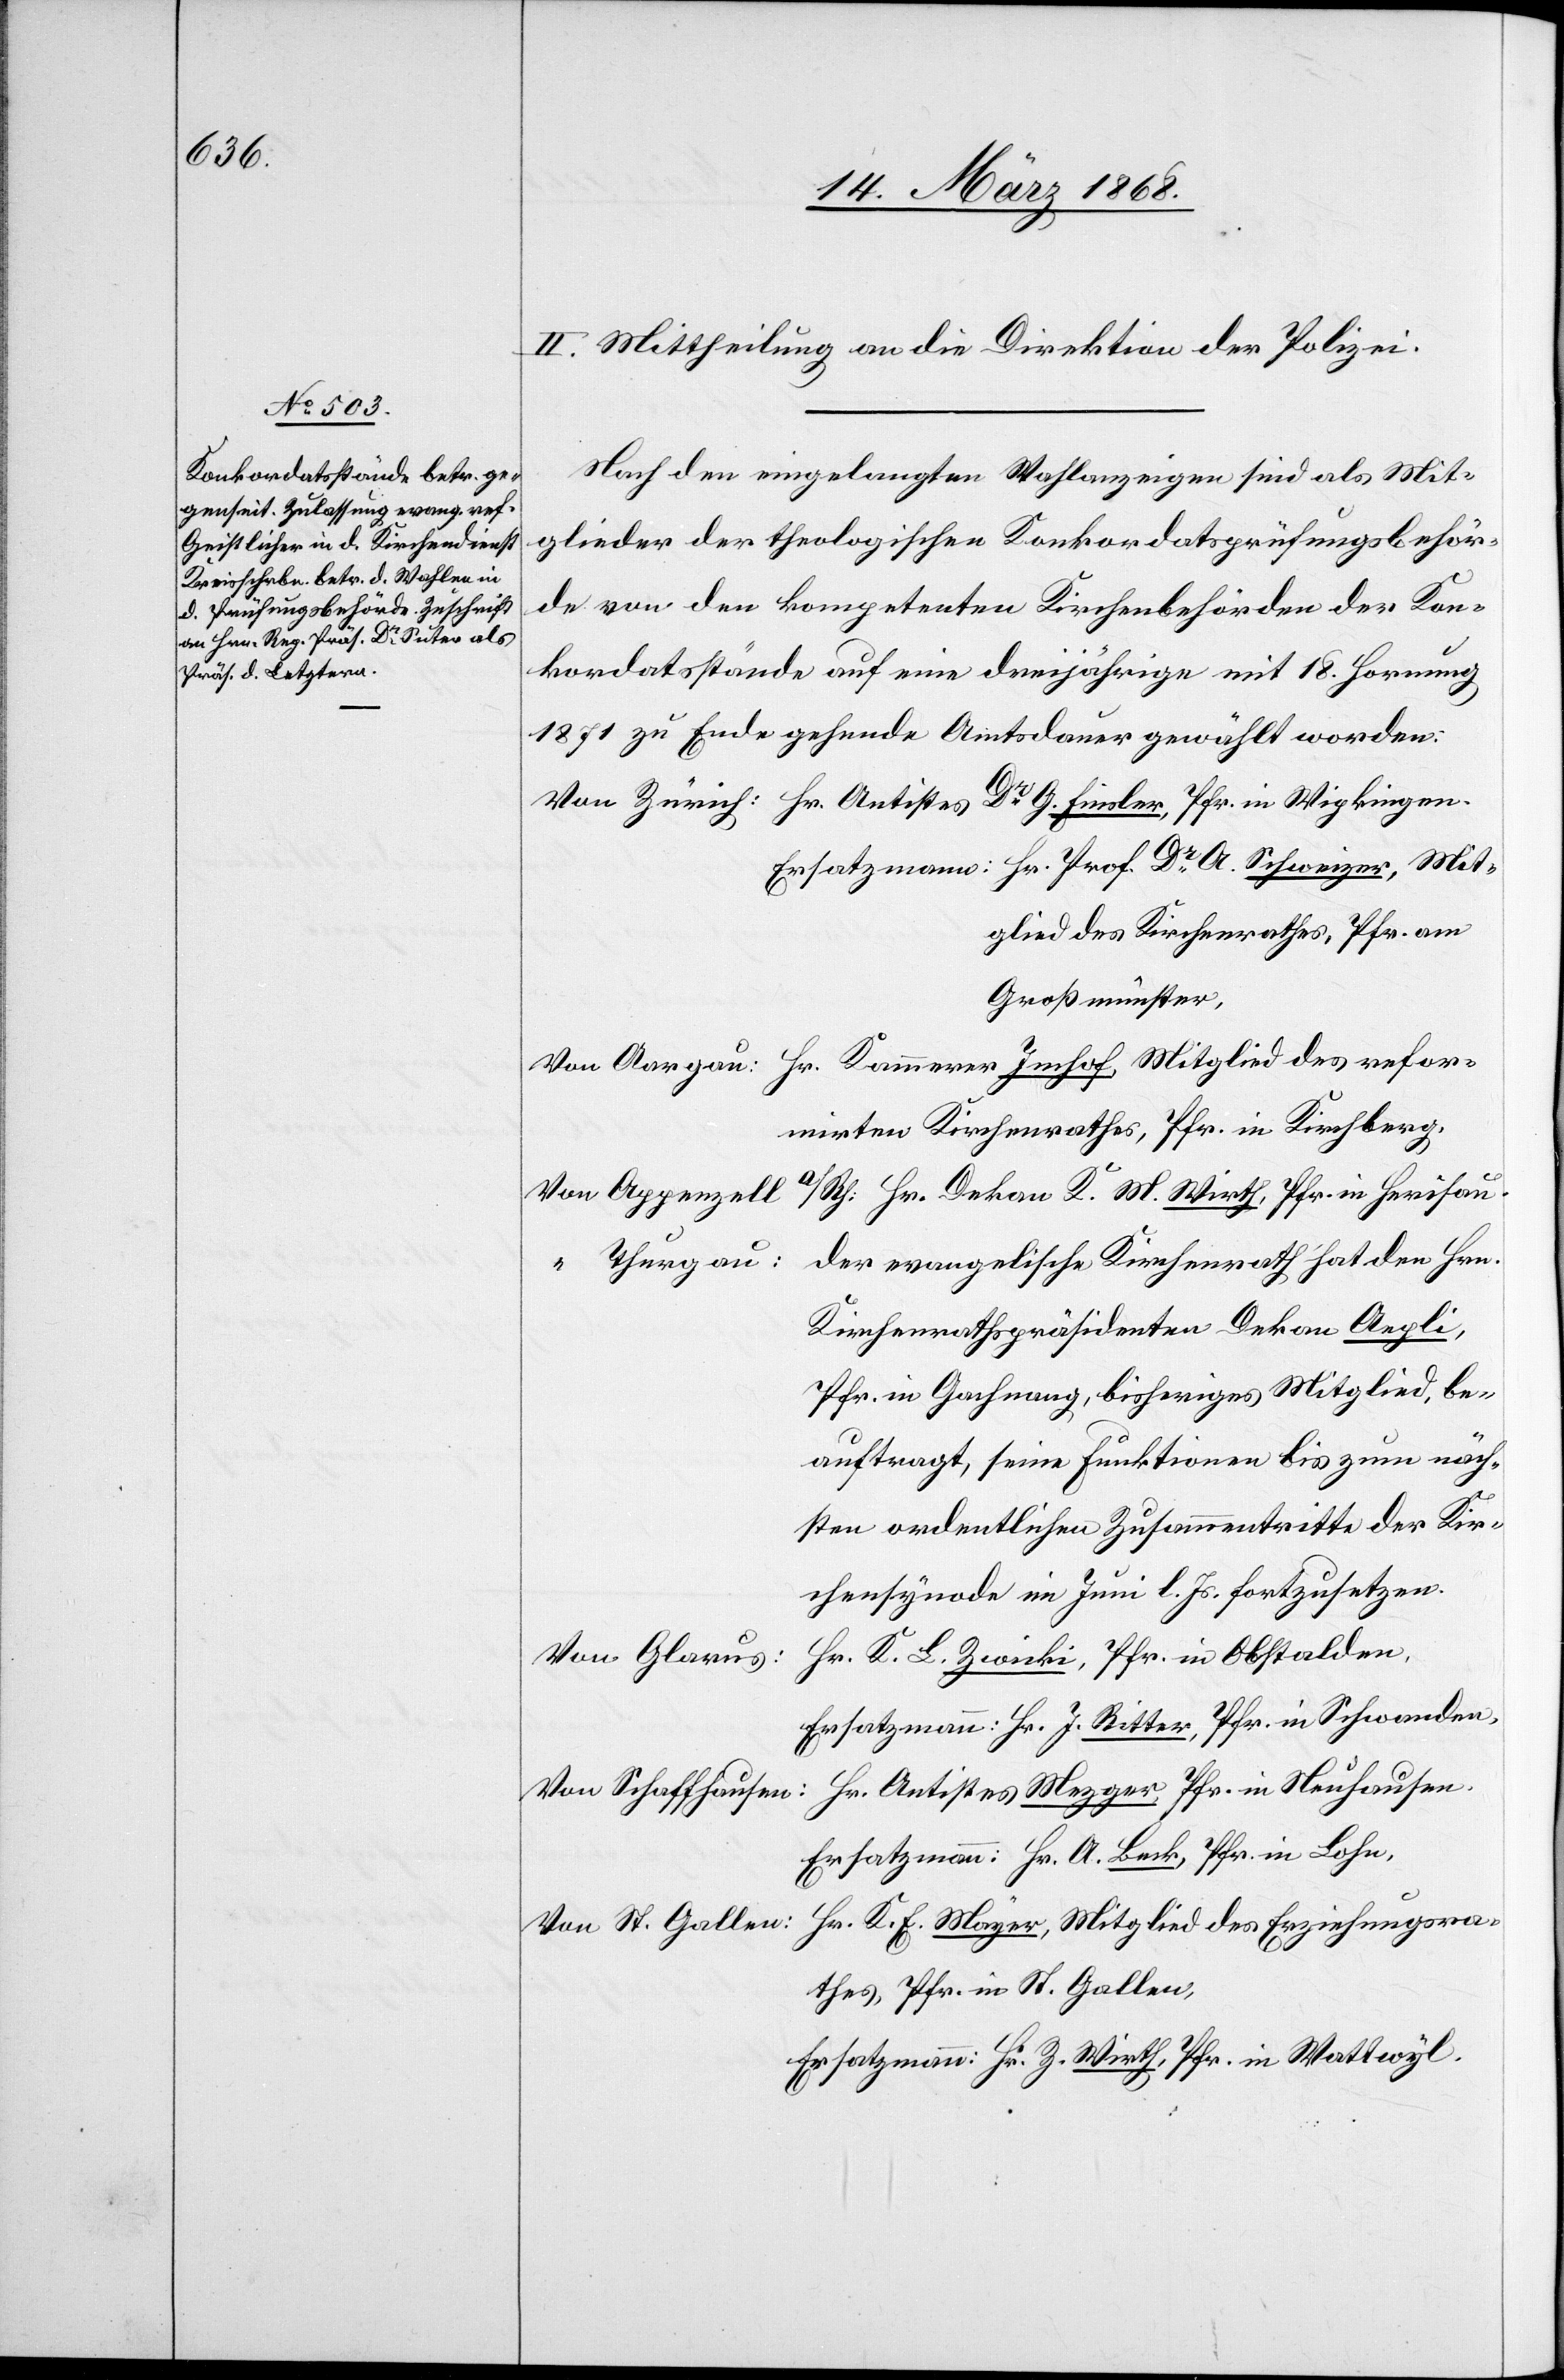
refor¬

II. Mittheilung an die Direktion der Polizei.
Nach den eingelangten Wahlanzeigen sind als Mit¬
glieder der theologischen Konkordatsprüfungsbehör¬
de von den kompetenten Kirchenbehörden der Kon¬
kordatsstände auf eine dreijährige mit 18. Hornung
1871 zu Ende gehende Amtsdauer gewählt worden:
Ersatzmann: Hr. Prof. Dr. A. Schweizer, Mit¬
glied des Kirchenrathes, Pfr. am
Großmünster,
mirten Kirchenrathes, Pfr. in Kirchberg,
Kirchenrathspräsidenten Dekan Aepli,
Pfr. in Gachnang, bisheriges Mitglied, be¬
auftragt, seine Funktionen bis zum näch¬
sten ordentlichen Zusammentritte der Kir¬
chensynode im Juni l. Js. fortzusetzen.
Hr. K. L. Zwicki, Pfr. in Obstalden,
Von Glarus:
Ersatzmann: Hr. J. Ritter, Pfr. in Schwanden,
Hr. Antistes Mezger, Pfr. in Neuhausen.
Von Schaffhausen:
Ersatzmann: Hr. A. Beck, Pfr. in Lohn,
Hr. K. E. Mayer, Mitglied des Erziehungsra¬
Von St. Gallen:
thes, Pfr. in St. Gallen,
Ersatzmann: Hr. Z. Wirth, Pfr. in Wattwyl.